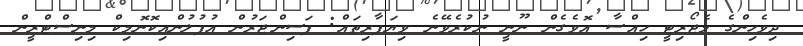
ދިވެހިންގެ މެޖޯރިޓީ ހިއްސާ އޮވެގެން ނޫނީ ނުކުރެވޭނެ ވިޔަފާރިތައް: ފަސިންޖަރުން އުފުލުންއިކޮނޮމިކް މިނިސްޓްރީން